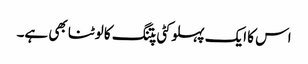
اس کا ایک پہلو کٹی پتنگ کا لوٹنا بھی ہے۔